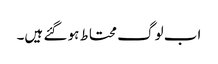
اب لوگ محتاط ہو گئے ہیں۔